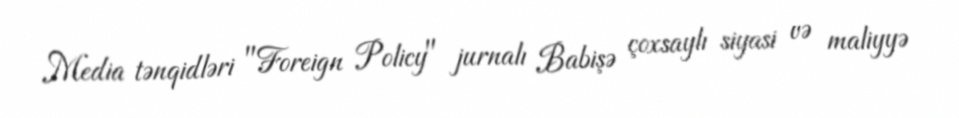
Media tənqidləri "Foreign Policy" jurnalı Babişə çoxsaylı siyasi və maliyyə